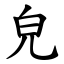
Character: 皃